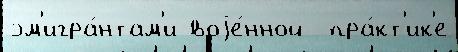
эм'игра́нтам'и воjе́нной  пра́кт'ик'е